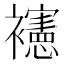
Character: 𰴉